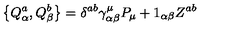
\left\{ Q _ { \alpha } ^ { a } , Q _ { \beta } ^ { b } \right\} = \delta ^ { a b } \gamma _ { \alpha \beta } ^ { \mu } P _ { \mu } + 1 _ { \alpha \beta } Z ^ { a b }